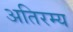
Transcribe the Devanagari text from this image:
अतिरम्य